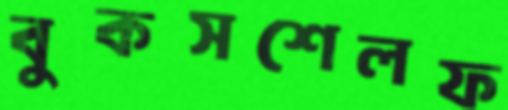
বুকসশেলফ